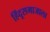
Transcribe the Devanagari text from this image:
हिंदूसमाजाला